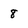
Character: 8